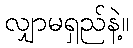
လျှာမရှည်နဲ့။